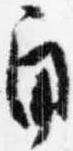
角